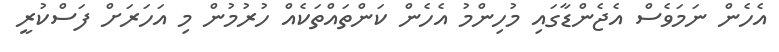
އެހެން ނަމަވެސް އެޖެންޑާގައި މުހިންމު އެހެން ކަންތައްތަކެއް ހުރުމުން މި އަހަރަށް ފަސްކުރީ